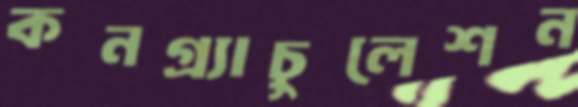
কনগ্র্যাচুলেশন